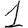
Digit: 1